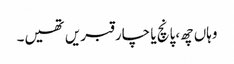
وہاں چھ،پانچ یا چار قبریں تھیں۔